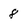
Character: 8